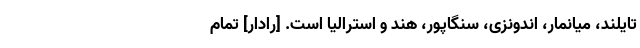
تایلند، میانمار، اندونزی، سنگاپور، هند و استرالیا است. [رادار] تمام